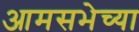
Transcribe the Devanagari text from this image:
आमसभेच्या